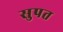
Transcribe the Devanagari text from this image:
सुपत